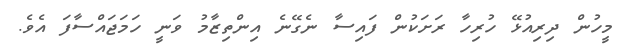
މީހުން ދިރިއުޅޭ ހުރިހާ ރަށަކުން ފައިސާ ނެގޭނެ އިންތިޒާމު ވަނީ ހަމަޖައްސާފަ އެވެ.